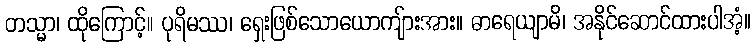
တသ္မာ၊ ထိုကြောင့်။ ပုရိမဿ၊ ရှေးဖြစ်သောယောကျ်ားအား။ ဓာရေယျာမိ၊ အနိုင်ဆောင်ထားပါအံ့။